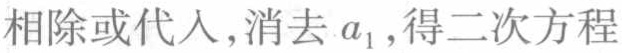
相除或代入,消去 \(a_{1}\),得二次方程